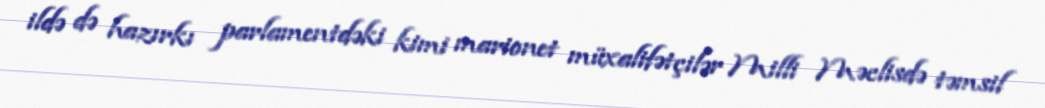
ildə də hazırkı parlamentdəki kimi marionet müxalifətçilər Milli Məclisdə təmsil